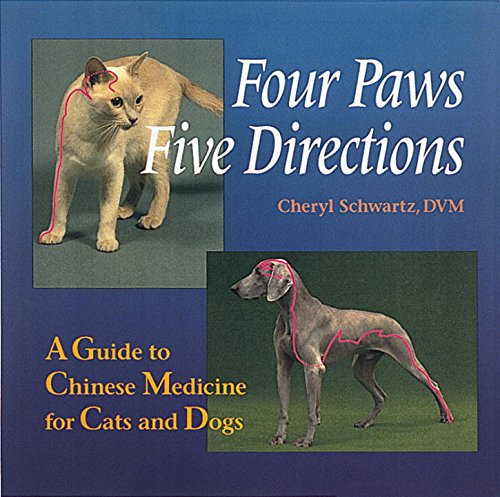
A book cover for Four Paws, Five Directions: A Guide to Chinese Medicine for Cats and Dogs; Cheryl Schwartz; Science & Math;